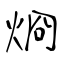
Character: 烱